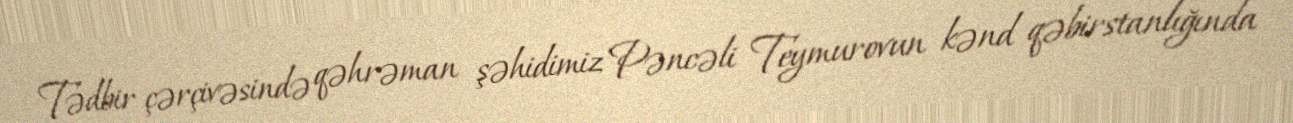
Tədbir çərçivəsində qəhrəman şəhidimiz Pəncəli Teymurovun kənd qəbirstanlığında